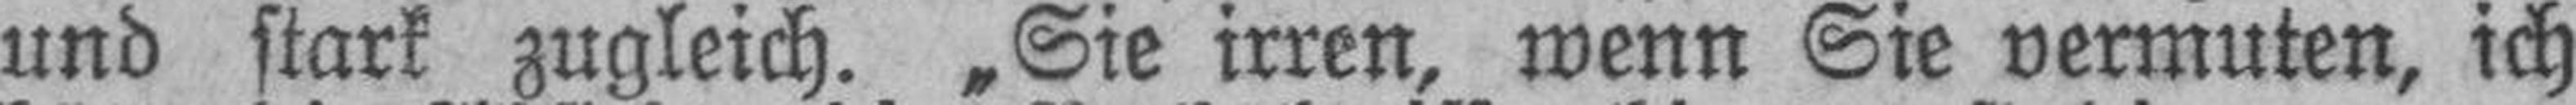
und stark zugleich. „Sie irren, wenn Sie vermuten, ich